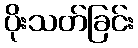
ပိုးသတ်ခြင်း